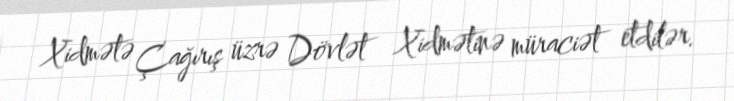
Xidmətə Çağırış üzrə Dövlət Xidmətinə müraciət etdilər.